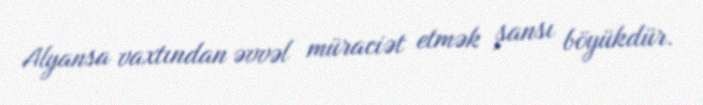
Alyansa vaxtından əvvəl müraciət etmək şansı böyükdür.